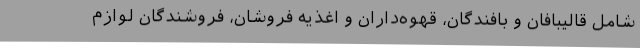
شامل قالیبافان و بافندگان، قهوه‌داران و اغذیه فروشان، فروشندگان لوازم